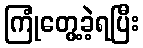
ကြုံတွေ့ခဲ့ရပြီး